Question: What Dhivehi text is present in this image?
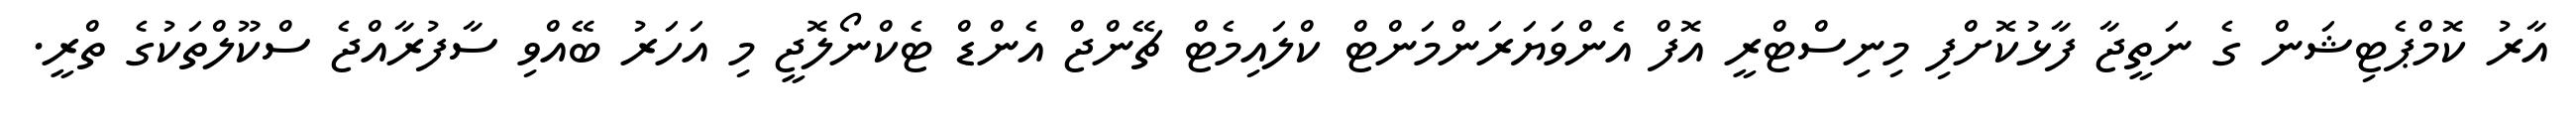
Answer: އާރު ކޮމްޕެޓިޝަން ގެ ނަތީޖާ ފާޅުކޮށްފި މިނިސްޓްރީ އޮފް އެންވަޔަރަންމަންޓް ކްލައިމެޓް ޗޭންޖް އެންޑް ޓެކްނޯލޮޖީ މި އަހަރު ބޭއްވި ސާފުރާއްޖެ ސްކޫލްތަކުގެ ތްރީ.